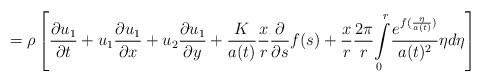
LaTeX: \begin{align*}=\rho\left[ \frac{\partial u_{1}}{\partial t}+u_{1}\frac{\partial u_{1}}{\partial x}+u_{2}\frac{\partial u_{1}}{\partial y}+\frac{K}{a(t)}\frac{x}{r}\frac{\partial}{\partial s}f(s)+\frac{x}{r}\frac{2\pi}{r}{\displaystyle\int\limits_{0}^{r}}\frac{e^{f(\frac{\eta}{a(t)})}}{a(t)^{2}}\eta d\eta\right]\end{align*}